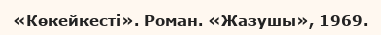
«Көкейкесті». Роман. «Жазушы», 1969.